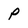
Character: P